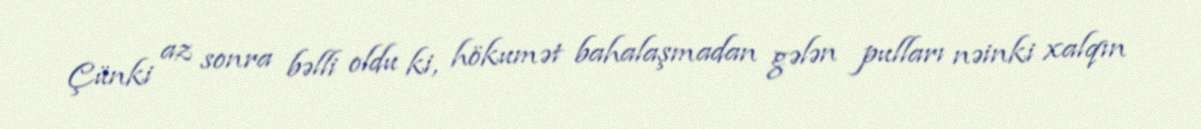
Çünki az sonra bəlli oldu ki, hökumət bahalaşmadan gələn pulları nəinki xalqın